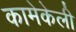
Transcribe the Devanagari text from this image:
कामेकेली